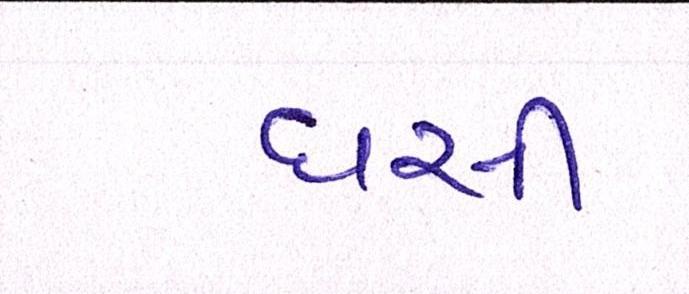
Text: ઘસી